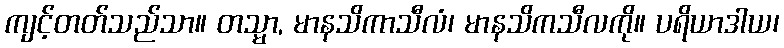
ကျင့်တတ်သည်သာ။ တသ္မာ, မာနသိကာသီလံ၊ မာနသိကသီလကို။ ပရိယာဒါယ၊